Provision of milk for school children, 1934
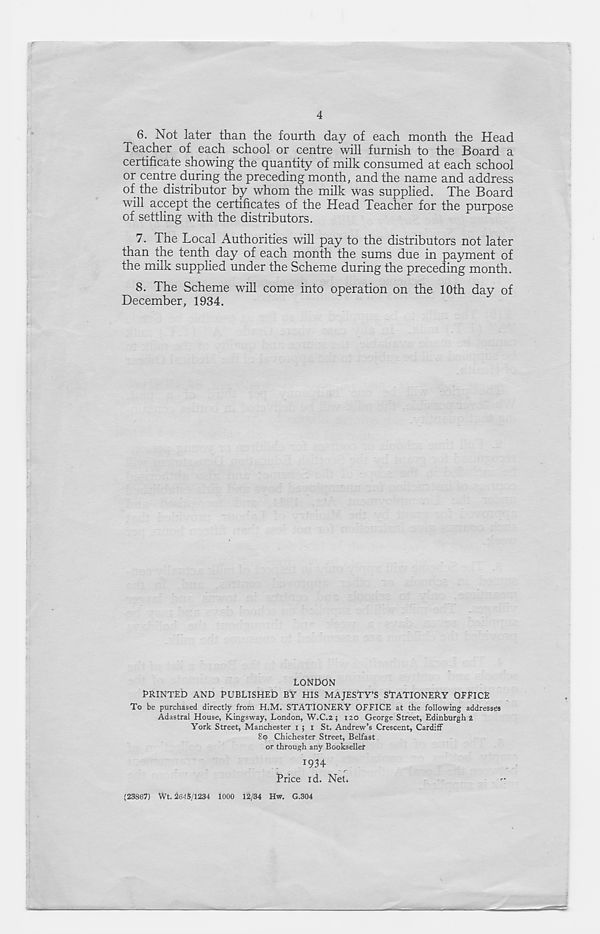
4
6. Not later than the fourth day of each month the Head
Teacher of each school or centre will furnish to the Board a
certificate showing the quantity of milk consumed at each school
or centre during the preceding month, and the name and address
of the distributor by whom the milk was supplied. The Board
will accept the certificates of the Head Teacher for the purpose
of settling with the distributors.
7. The Local Authorities will pay to the distributors not later
than the tenth day of each month the sums due in payment of
the milk supplied under the Scheme during the preceding month.
8. The Scheme will come into operation on the 10th day of
December, 1934.
LONDON
PRINTED AND PUBLISHED BY HIS MAJESTY’S STATIONERY OFElCE
To be purchased directly from H.M. STATIONERY OFFICE at the following addresses
Adastral House, Kingsway, London, W.C.2 ; 120 George Street, Edinburgh 2
York Street, Manchester 1 ; I St. Andrew’s Crescent, Cardiff
80 Chichester Street, Belfast
or through any Bookseller
1934
Price id. NeL
(23867) Wt. 26-15/1234 1000 12/34 Hw. G.304